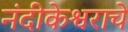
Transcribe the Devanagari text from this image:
नंदीकेश्वराचे